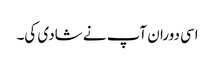
اسی دوران آپ نے شادی کی۔